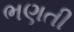
ભણતી